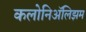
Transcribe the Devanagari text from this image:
कलोनिॲलिझम